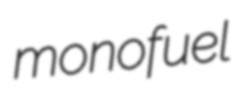
monofuel